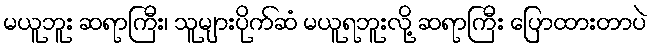
မယူဘူး ဆရာကြီး၊ သူများပိုက်ဆံ မယူရဘူးလို့ ဆရာကြီး ပြောထားတာပဲ